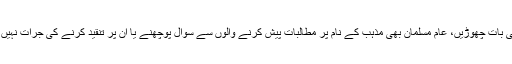
اقلیتوں کی بات چھوڑیں، عام مسلمان بھی مذہب کے نام پر مطالبات پیش کرنے والوں سے سوال پوچھنے یا اُن پر تنقید کرنے کی جرات نہیں رکھتے۔